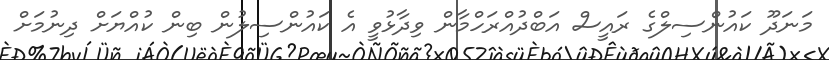
މަނަދޫ ކައުންސިލްގެ ރައީސް އަބްދުއްރަހްމާން ވިދާޅުވީ އެ ކައުންސިލުން ބިން ކުއްޔަށް ދިނުމަށް